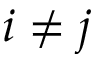
i \neq j